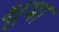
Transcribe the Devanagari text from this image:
क्षुमा